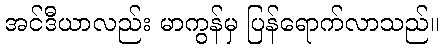
အင်ဒီယာလည်း မာကွန်မှ ပြန်ရောက်လာသည်။